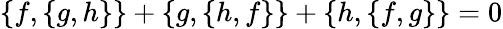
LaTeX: \{ f,\{ g,h\} \} +\{ g,\{ h,f\} \} +\{ h,\{ f,g\} \} =0